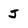
Character: j